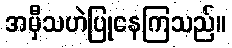
အမှီသဟဲပြုနေကြသည်။